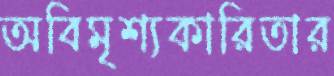
অবিমৃশ্যকারিতার